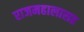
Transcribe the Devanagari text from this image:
राजमहालासह